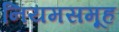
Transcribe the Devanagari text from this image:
नियमसमूह